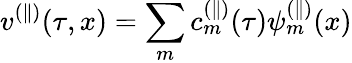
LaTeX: v^{(\parallel)}(\tau,x)=\sum_{m}c_{m}^{(\parallel)}(\tau)\psi_{m}^{(\parallel)}(x)